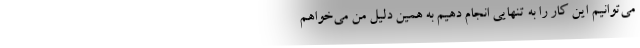
می‌توانیم این کار را به تنهایی انجام دهیم به همین دلیل من می‌خواهم